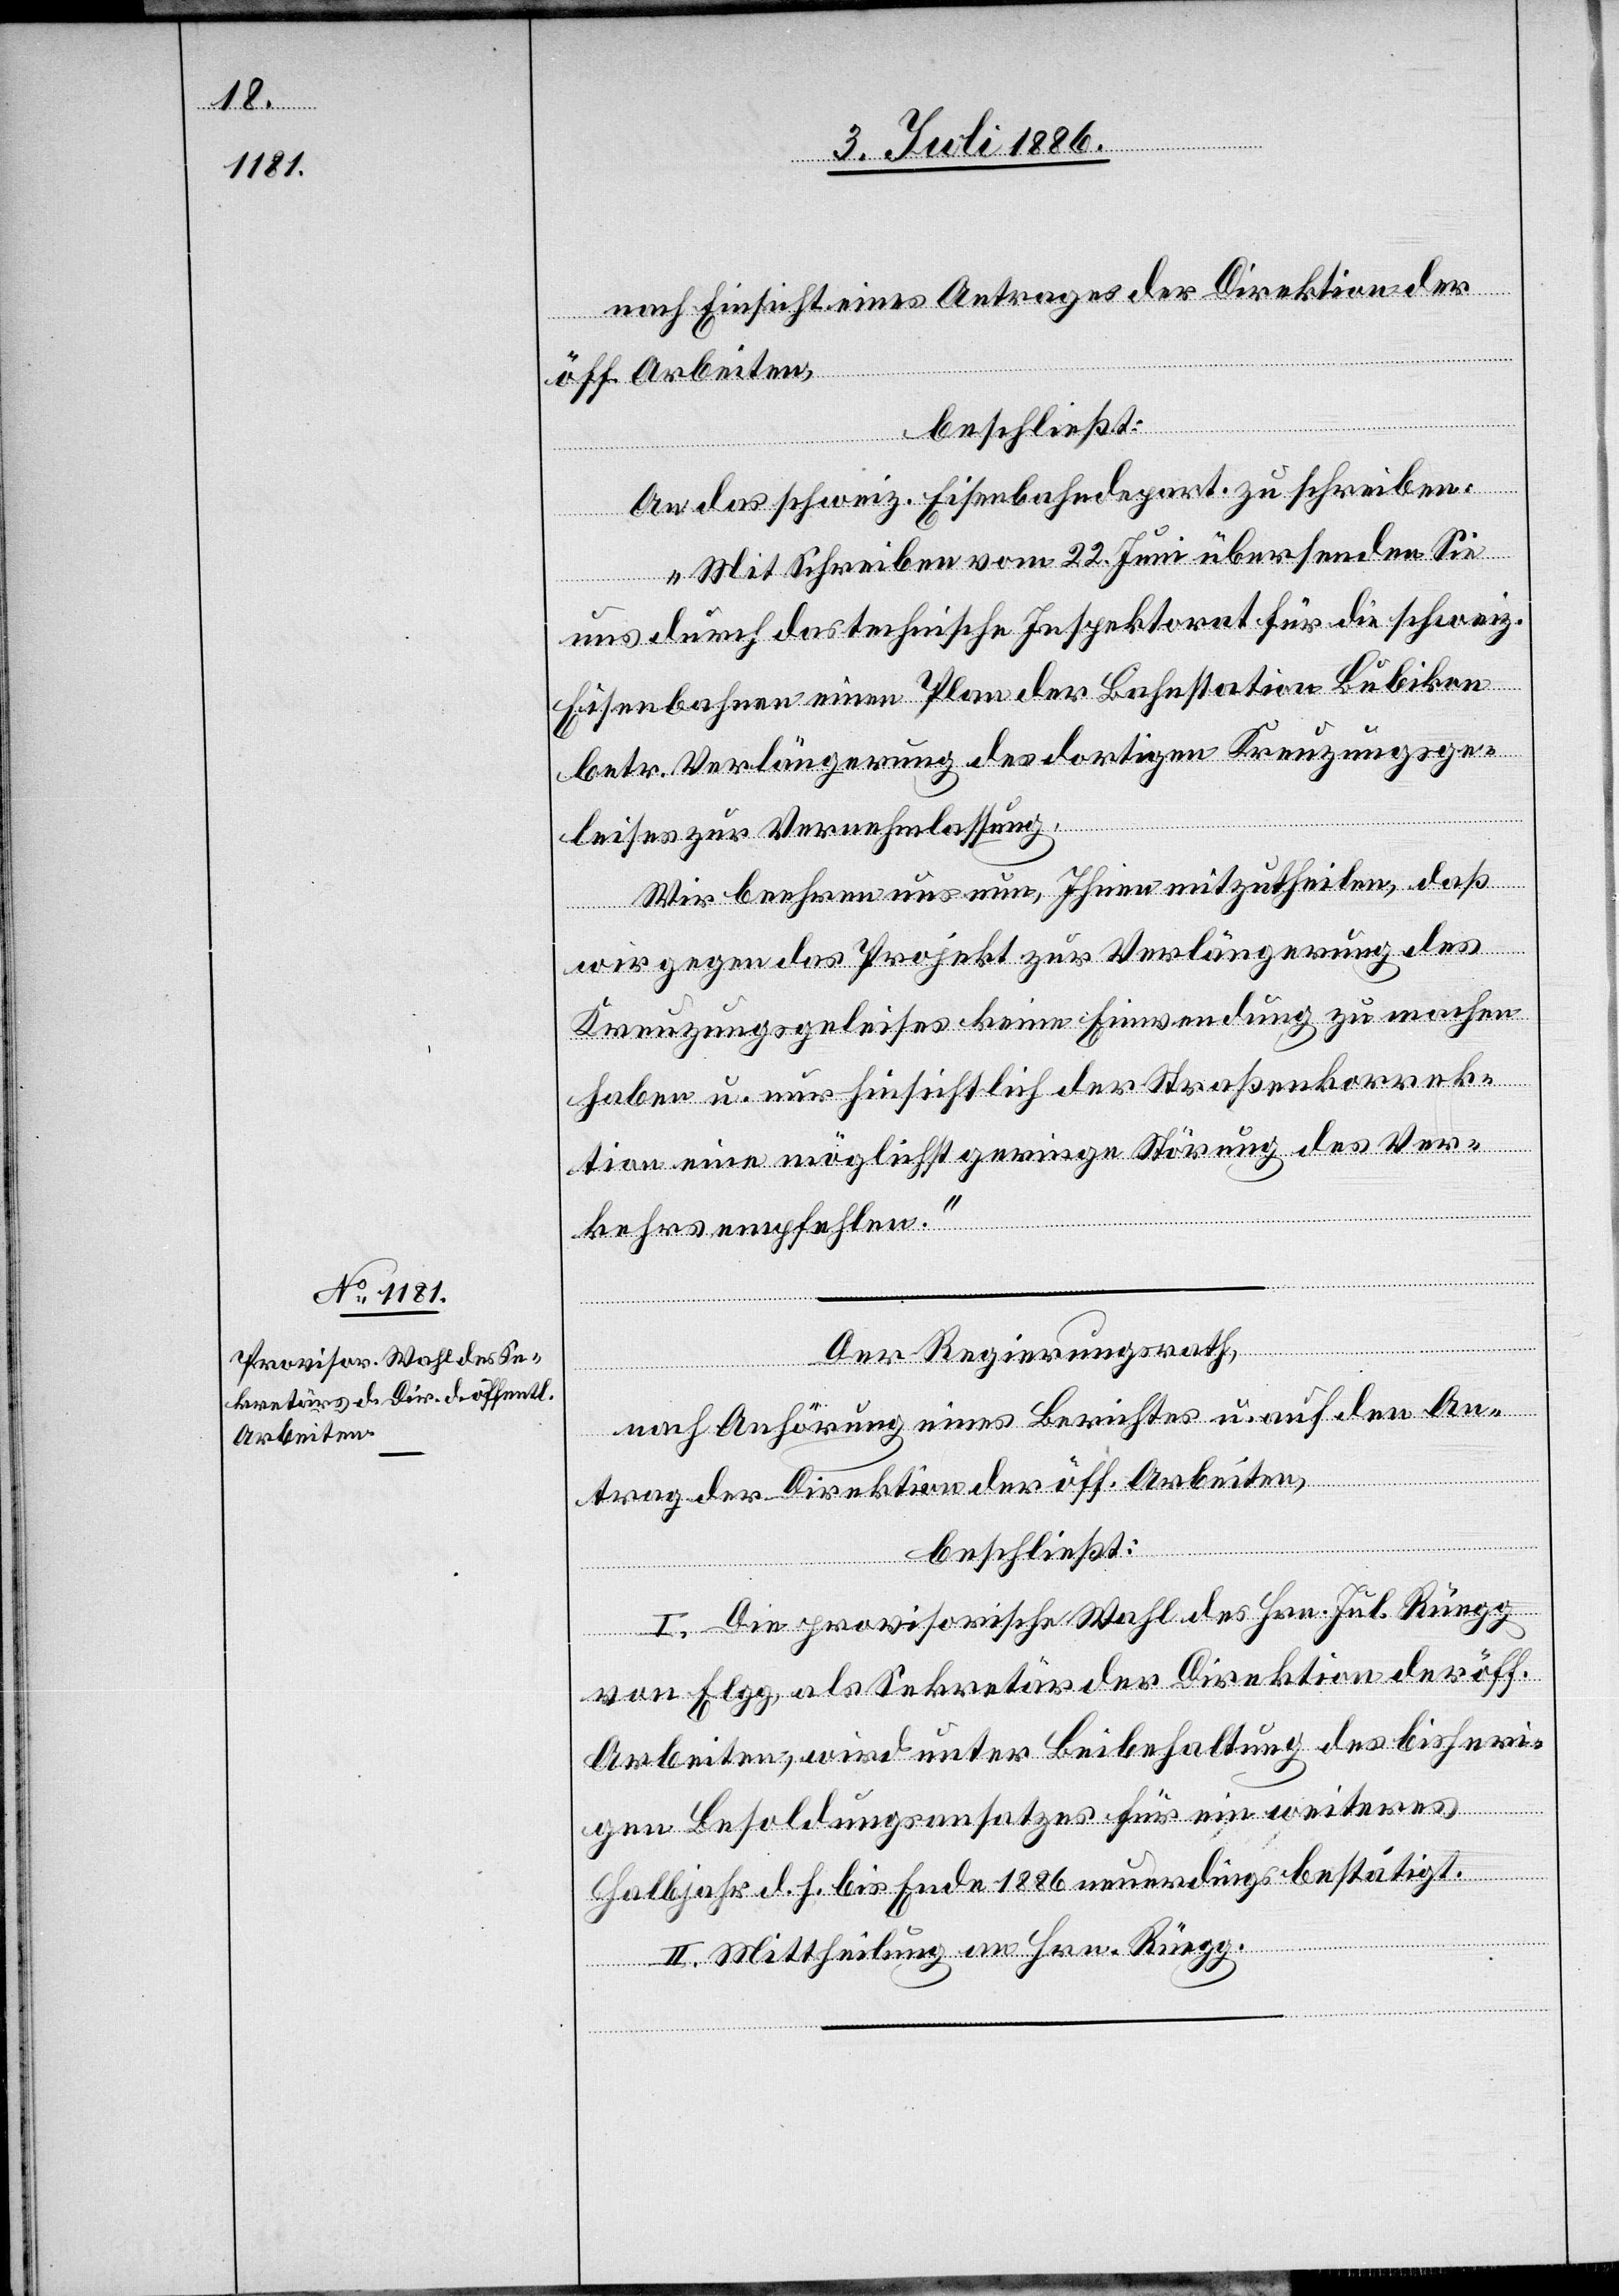
nach Einsicht eines Antrages der Direktion der
öff. Arbeiten,
beschließt:
An das schweiz. Eisenbahndepartement zu schreiben:
„Mit Schreiben vom 22. Juni übersenden Sie
uns durch das technische Inspektorat für die schweiz.
Eisenbahnen einen Plan der Bahnstation Bubikon
betr. Verlängerung des dortigen Kreuzungsge¬
leises zur Vernehmlassung.
Wir beehren uns nun, Ihnen mitzutheilen, daß
wir gegen das Projekt zur Verlängerung des
Kreuzungsgeleises keine Einwendung zu machen
haben u. nur hinsichtlich der Straßenkorrek¬
tion eine möglichst geringe Störung des Ver¬
kehres empfehlen.“
Der Regierungsrath,
nach Anhörung eines Berichtes u. auf den An¬
trag der Direktion der öff. Arbeiten,
beschließt:
I. Die provisorische Wahl des Hrn. Jul. Rüegg
von Elgg, als Sekretär der Direktion der öff.
Arbeiten, wird unter Beibehaltung des bisheri¬
gen Besoldungsansatzes für ein weitere¬
s
Halbjahr d. h. bis Ende 1886 neuerdings bestätigt.
II. Mittheilung an Hrn. Rüegg.